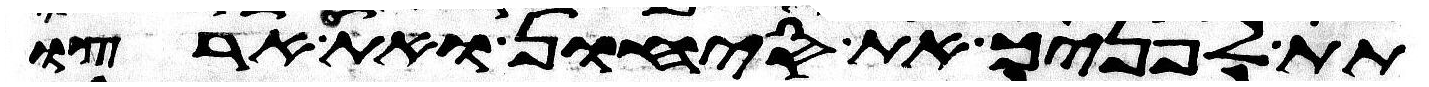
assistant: תת לפניך את סיחון ואת ארצו